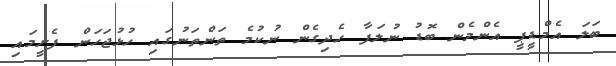
ބަލަ އެމްޑީޕީ އެންމެން ބޮޑު ނުލަފާ ހެދިގެން ނުކުމެ ތަންތަނުގައި ހުޅުޖަހަން ފެށީމައި